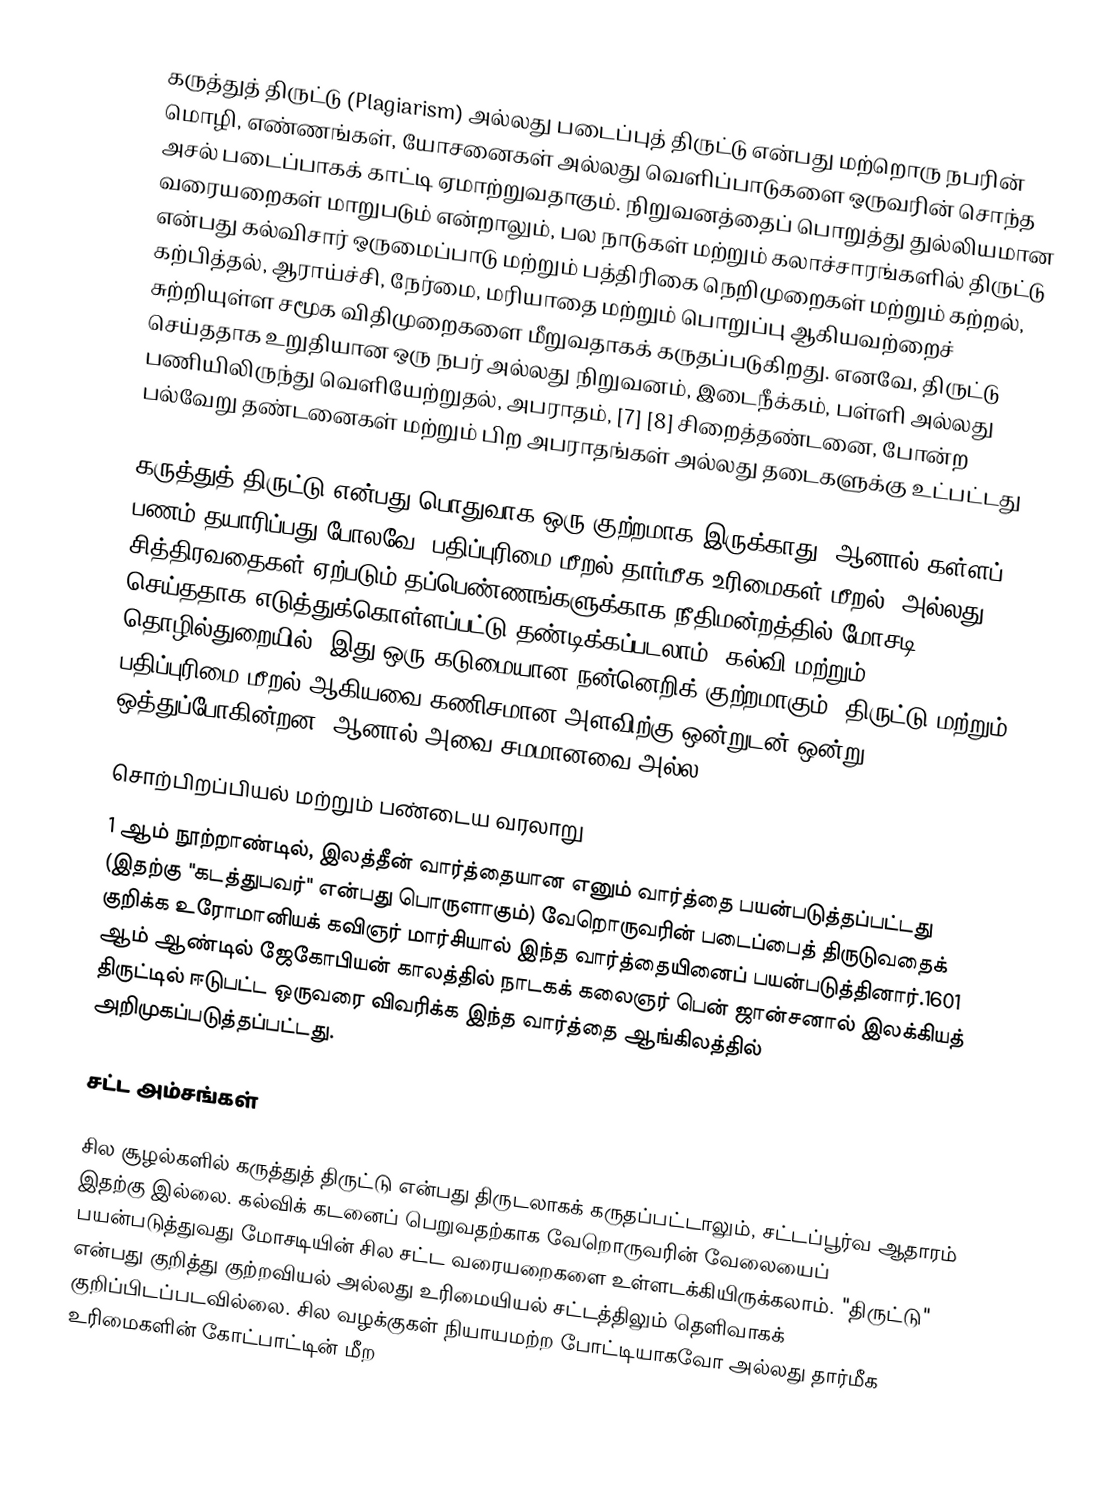
கருத்துத் திருட்டு (Plagiarism) அல்லது படைப்புத் திருட்டு என்பது மற்றொரு நபரின் மொழி, எண்ணங்கள், யோசனைகள் அல்லது வெளிப்பாடுகளை ஒருவரின் சொந்த அசல் படைப்பாகக் காட்டி ஏமாற்றுவதாகும்.   நிறுவனத்தைப் பொறுத்து துல்லியமான வரையறைகள் மாறுபடும் என்றாலும்,  பல நாடுகள் மற்றும் கலாச்சாரங்களில் திருட்டு என்பது கல்விசார் ஒருமைப்பாடு மற்றும் பத்திரிகை நெறிமுறைகள் மற்றும் கற்றல், கற்பித்தல், ஆராய்ச்சி, நேர்மை, மரியாதை மற்றும் பொறுப்பு ஆகியவற்றைச் சுற்றியுள்ள சமூக விதிமுறைகளை மீறுவதாகக் கருதப்படுகிறது.  எனவே, திருட்டு செய்ததாக உறுதியான ஒரு நபர் அல்லது நிறுவனம், இடைநீக்கம், பள்ளி  அல்லது பணியிலிருந்து வெளியேற்றுதல்,  அபராதம், [7] [8] சிறைத்தண்டனை,   போன்ற பல்வேறு தண்டனைகள் மற்றும் பிற அபராதங்கள் அல்லது தடைகளுக்கு உட்பட்டது

கருத்துத் திருட்டு என்பது பொதுவாக ஒரு குற்றமாக இருக்காது, ஆனால் கள்ளப் பணம் தயாரிப்பது போலவே, பதிப்புரிமை மீறல்  தார்மீக உரிமைகள் மீறல்,  அல்லது சித்திரவதைகள் ஏற்படும் தப்பெண்ணங்களுக்காக நீதிமன்றத்தில் மோசடி செய்ததாக எடுத்துக்கொள்ளப்பட்டு தண்டிக்கப்படலாம். கல்வி மற்றும் தொழில்துறையில், இது ஒரு கடுமையான நன்னெறிக் குற்றமாகும்.  திருட்டு மற்றும் பதிப்புரிமை மீறல் ஆகியவை கணிசமான அளவிற்கு ஒன்றுடன் ஒன்று ஒத்துப்போகின்றன, ஆனால் அவை சமமானவை அல்ல.

சொற்பிறப்பியல் மற்றும் பண்டைய வரலாறு
1 ஆம் நூற்றாண்டில், இலத்தீன் வார்த்தையான  எனும் வார்த்தை பயன்படுத்தப்பட்டது (இதற்கு "கடத்துபவர்" என்பது பொருளாகும்) வேறொருவரின் படைப்பைத் திருடுவதைக் குறிக்க உரோமானியக் கவிஞர் மார்சியால் இந்த வார்த்தையினைப் பயன்படுத்தினார்.1601 ஆம் ஆண்டில் ஜேகோபியன் காலத்தில் நாடகக் கலைஞர் பென் ஜான்சனால் இலக்கியத் திருட்டில் ஈடுபட்ட ஒருவரை விவரிக்க இந்த வார்த்தை ஆங்கிலத்தில் அறிமுகப்படுத்தப்பட்டது.

சட்ட அம்சங்கள்

சில சூழல்களில் கருத்துத் திருட்டு என்பது திருடலாகக் கருதப்பட்டாலும், சட்டப்பூர்வ ஆதாரம் இதற்கு இல்லை. கல்விக் கடனைப் பெறுவதற்காக வேறொருவரின் வேலையைப் பயன்படுத்துவது மோசடியின் சில சட்ட வரையறைகளை உள்ளடக்கியிருக்கலாம்.  "திருட்டு" என்பது குறித்து குற்றவியல் அல்லது உரிமையியல் சட்டத்திலும் தெளிவாகக் குறிப்பிடப்படவில்லை.   சில வழக்குகள் நியாயமற்ற போட்டியாகவோ அல்லது தார்மீக உரிமைகளின் கோட்பாட்டின் மீற